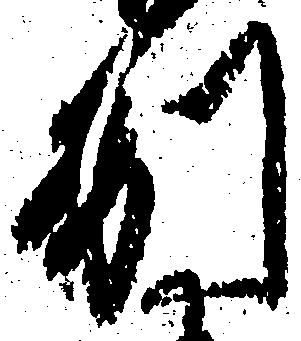
別